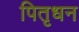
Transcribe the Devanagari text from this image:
पितृधन